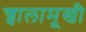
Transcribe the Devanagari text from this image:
ज्वालामूखी